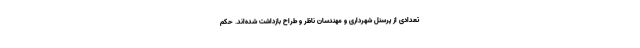
تعدادی از پرسنل شهرداری و مهندسان ناظر و طراح بازداشت شده‌اند. حکم